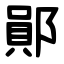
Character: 鄖